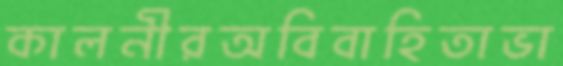
কালনীরঅবিবাহিতাভা